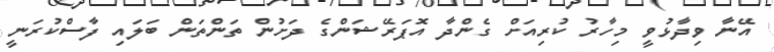
އޭނާ ވިދާޅުވީ މިހާރު ކުރިއަށް ގެންދާ އޮޕަރޭޝަންގެ ދަށުން ތަންތަން ބަލައި ފާސްކުރަނީ